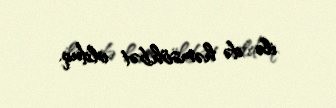
ilə də həmsöhbət olduq.